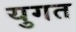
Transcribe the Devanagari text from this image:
युगत